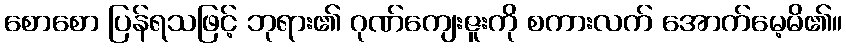
စောစော ပြန်ရသဖြင့် ဘုရား၏ ဂုဏ်ကျေးဇူးကို စကားလက် အောက်မေ့မိ၏။